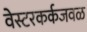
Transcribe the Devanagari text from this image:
वेस्टरकर्कजवळ